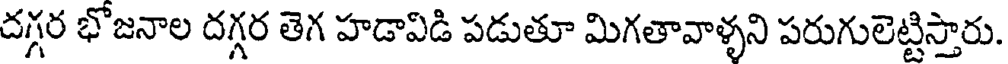
దగ్గర భొజనాల దగ్గర తెగ హడావిడి పడుతూ మిగతావాళ్ళని పరుగులెట్టిస్తారు.